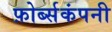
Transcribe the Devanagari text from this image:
फ़ोर्ब्सकंपनी